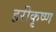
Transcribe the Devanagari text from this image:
हरीकृष्ण